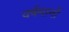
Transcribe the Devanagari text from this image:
वर्षमानों